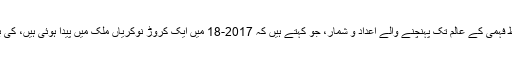
مودی کو اس کو سنجیدگی سے لینا چاہیے اور اپنی غلط فہمی کے عالم تک پہنچنے والے اعداد و شمار، جو کہتے ہیں کہ 2017-18 میں ایک کروڑ نوکریاں ملک میں پیدا ہوئی ہیں، کی بنیاد پر خود کو کسی غلط فہمی میں نہیں رکھنا چاہیے۔